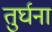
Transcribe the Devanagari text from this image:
तुर्घना